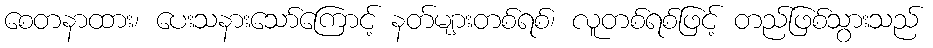
စေတနာထား၊ ပေးသနားသော်ကြောင့် နတ်များတစ်ရစ်၊ လူတစ်ရစ်ဖြင့် တည်ဖြစ်သွားသည်